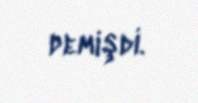
demişdi.